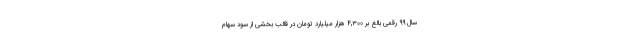
سال ۹۹ رقمی بالغ بر ۴,۳۰۰ هزار میلیارد تومان در قالب بخشی از سود سهام